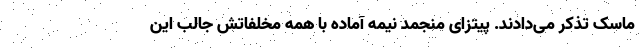
ماسک تذکر می‌دادند. پیتزای منجمد نیمه آماده با همه مخلفاتش جالب این